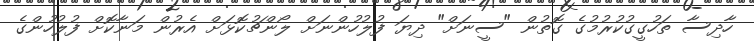
ހާދިސާ ތަހުގީގުކުރުމުގެ ގޮތުން "ސީނަށް" ދިޔަ ފުލުހުންނަށް ލޯންޗުކޮޅަށް އެރުން މަނާކޮށް ފުލުހުންގެ